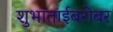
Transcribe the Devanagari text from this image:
शुभाताईबरोबर